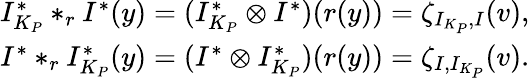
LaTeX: \begin{array}{r}{I_{K_{P}}^{*}*_{r}I^{*}(y)=(I_{K_{P}}^{*}\otimes I^{*})(r(y))=\zeta_{I_{K_{P}},I}(v),}\\ {I^{*}*_{r}I_{K_{P}}^{*}(y)=(I^{*}\otimes I_{K_{P}}^{*})(r(y))=\zeta_{I,I_{K_{P}}}(v).}\end{array}